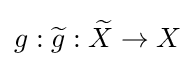
g:{\widetilde {g}}:{\widetilde {X}}\to X